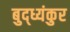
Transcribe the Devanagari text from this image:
बुद्ध्यंकुर